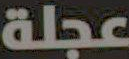
عجلة